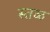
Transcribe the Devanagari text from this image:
स्तळ